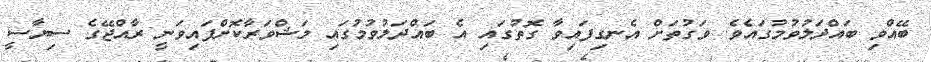
ބޭއްވި ބައްދަލުވުމުގައެވެ. ވަގުތަށް އެނގިފައިވާ ގޮތުގައި އެ ބައްދަލުވުމުގައި މަޝްވަރާކޮށްފައިވަނީ ރާއްޖޭގެ ސިޔާސީ